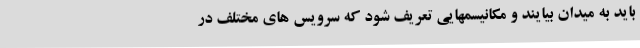
باید به میدان بیایند و مکانیسمهایی تعریف شود که سرویس های مختلف در